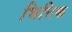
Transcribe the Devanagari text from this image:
भित्तिक